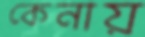
কেনায়